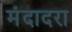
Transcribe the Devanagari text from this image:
मंदादरा